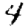
Digit: 4